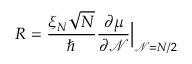
R = \frac { \xi _ { N } \sqrt { N } } { \hbar } \frac { \partial \mu } { \partial \mathcal { N } } \Big | _ { \mathcal { N } = N / 2 }